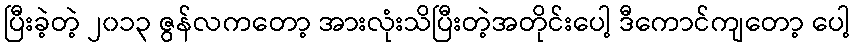
ပြီးခဲ့တဲ့ ၂၀၁၃ ဇွန်လကတော့ အားလုံးသိပြီးတဲ့အတိုင်းပေါ့ ဒီကောင်ကျတော့ ပေါ့